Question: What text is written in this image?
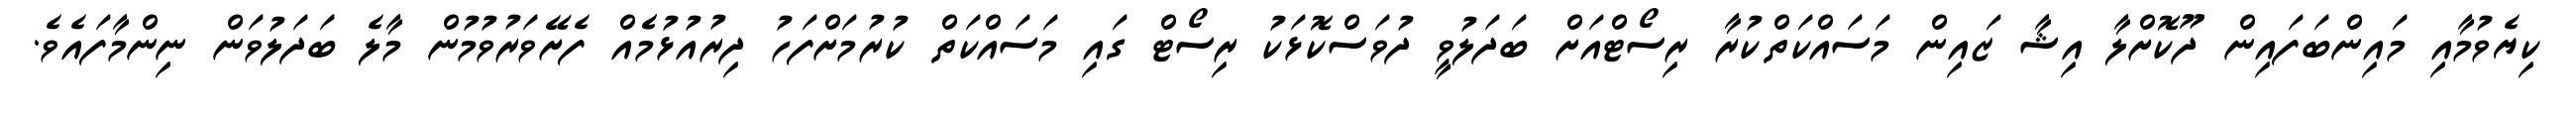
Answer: ކިޔެވުމާއި މައިންބަފައިން ދޫކޮށްލާ އިޝާ ޒައިން މަސައްކަތްކުރާ ރިސޯޓްއަށް ބަދަލުވީ ދުވަސްކޮޅަކު ރިސޯޓް ގައި މަސައްކަތް ކުރުމަށްފަހު ދިރުއުޅުމެެއް ފެށޭވަރުވުމުން މާލެ ބަދަލުވަން ނިންމާފައެވެ.